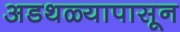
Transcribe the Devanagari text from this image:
अडथळ्यापासून